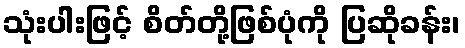
သုံးပါးဖြင့် စိတ်တို့ဖြစ်ပုံကို ပြဆိုခန်း၊